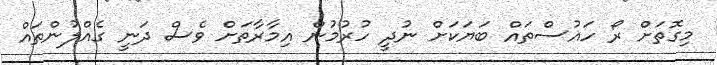
މިގޮތަށް ރޯ ހައުސްތައް ބަޔަކަށް ނުދީ ހުރުމުން އިމާރާތަށް ވެސް ދަނީ ގެއްލުންތައް